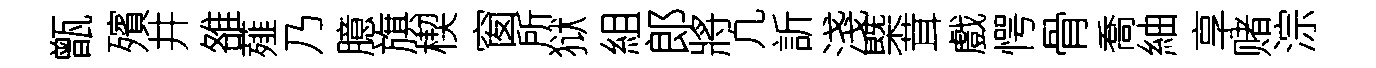
甑殯井雒薤乃臆旗楔窗所狱組郎將凢訢淺㮣茸戲愕骨喬紬享赌淙